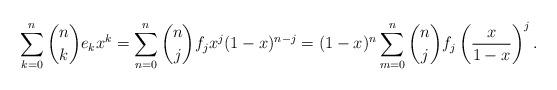
LaTeX: \begin{align*}\sum_{k=0}^n\binom{n}{k}e_kx^k=\sum_{n=0}^n\binom{n}{j}f_jx^j(1-x)^{n-j}=(1-x)^n\sum_{m=0}^n\binom{n}{j}f_j\left(\frac{x}{1-x}\right)^j.\end{align*}